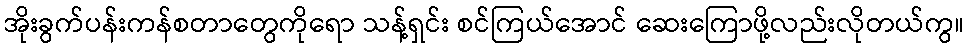
အိုးခွက်ပန်းကန်စတာတွေကိုရော သန့်ရှင်း စင်ကြယ်အောင် ဆေးကြောဖို့လည်းလိုတယ်ကွ။